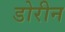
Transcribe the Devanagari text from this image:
डोरीन